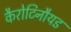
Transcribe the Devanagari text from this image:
कैरोटिनौयड